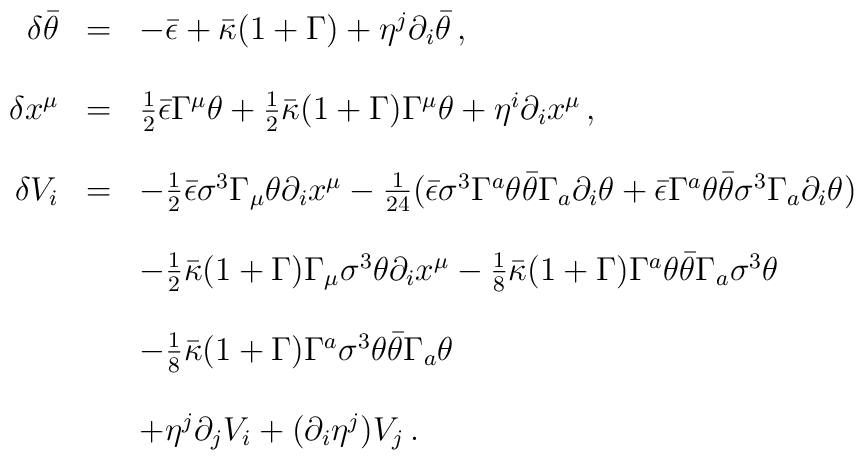
\begin{array}{rcl}  \delta\bar\theta & = & -\bar\epsilon +\bar\kappa(1+\Gamma) +           \eta^j \partial_i\bar\theta\,,\\  &&\\  \delta x^\mu & = & \frac{1}{2}\bar\epsilon\Gamma^\mu\theta      +\frac{1}{2}\bar\kappa(1+\Gamma)\Gamma^\mu\theta      +\eta^i\partial_i x^\mu\,,\\  &&\\  \delta V_i & = & -\frac{1}{2}\bar\epsilon\sigma^3        \Gamma_\mu\theta \partial_i x^\mu    -\frac{1}{24}(\bar\epsilon\sigma^3\Gamma^a\theta                  \bar\theta\Gamma_a\partial_i\theta       + \bar\epsilon\Gamma^a\theta                  \bar\theta\sigma^3\Gamma_a\partial_i\theta) \\    &&\\    &&  -\frac{1}{2}\bar\kappa(1+\Gamma)\Gamma_\mu\sigma^3\theta\partial_i x^\mu  -\frac{1}{8}\bar\kappa(1+\Gamma)\Gamma^a\theta   \bar\theta\Gamma_a\sigma^3\theta \\    &&\\    && -\frac{1}{8}\bar\kappa(1+\Gamma)\Gamma^a\sigma^3\theta   \bar\theta\Gamma_a\theta \\    &&\\    && + \eta^j\partial_j V_i + (\partial_i \eta^j) V_j\,.\end{array}